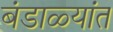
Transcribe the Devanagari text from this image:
बंडाळ्यांत